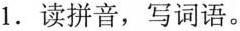
1.读拼音，写词语。